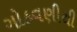
ગોઠવણીથી